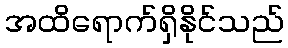
အထိရောက်ရှိနိုင်သည်